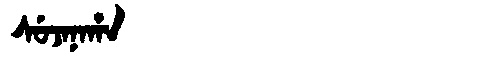
Manchu: ᠰᡠᠵᠠᠨᠠᡥᠠ
Romanization: SUJANAHA